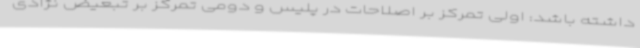
داشته باشد: اولی تمرکز بر اصلاحات در پلیس و دومی تمرکز بر تبعیض نژادی